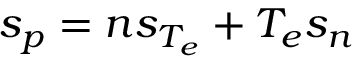
s _ { p } = n s _ { T _ { e } } + T _ { e } s _ { n }